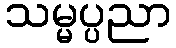
သမ္မပ္ပညာ